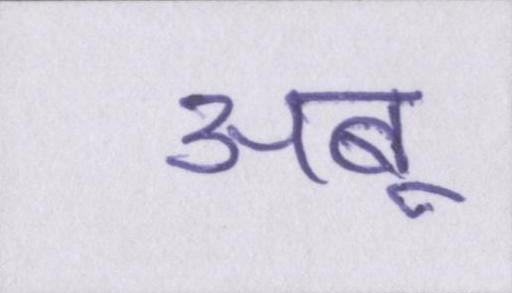
अबू